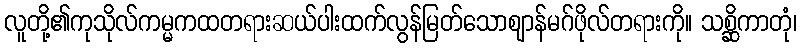
လူတို့၏ကုသိုလ်ကမ္မကထတရားဆယ်ပါးထက်လွန်မြတ်သောဈာန်မဂ်ဖိုလ်တရားကို။ သစ္ဆိကာတုံ၊